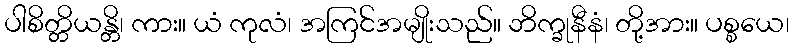
ပါစိတ္တိယန္တိ၊ ကား။ ယံ ကုလံ၊ အကြင်အမျိုးသည်။ ဘိက္ခုနီနံ၊ တို့အား။ ပစ္စယေ၊